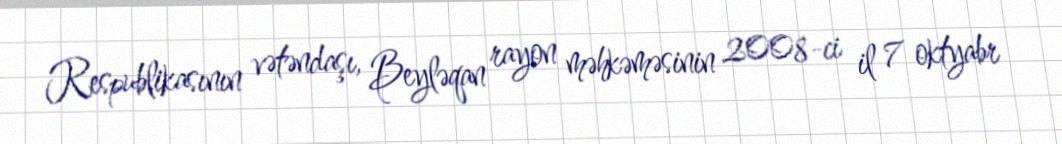
Respublikasının vətəndaşı, Beyləqan rayon məhkəməsinin 2008-ci il 7 oktyabr